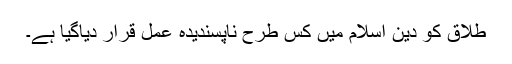
طلاق کو دین اسلام میں کس طرح ناپسندیدہ عمل قرار دیاگیا ہے۔